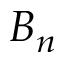
B _ { n }